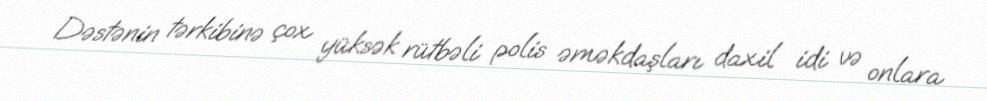
Dəstənin tərkibinə çox yüksək rütbəli polis əməkdaşları daxil idi və onlara